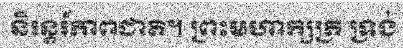
និរន្តរ៍ភាពជាតិ។ ព្រះមហាក្សត្រ ទ្រង់